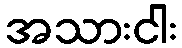
အသားငါး